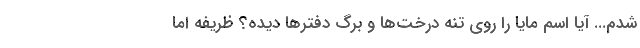
شدم... آيا اسم مايا را روي تنه درخت‌ها و برگ دفترها ديده؟ ظريفه اما